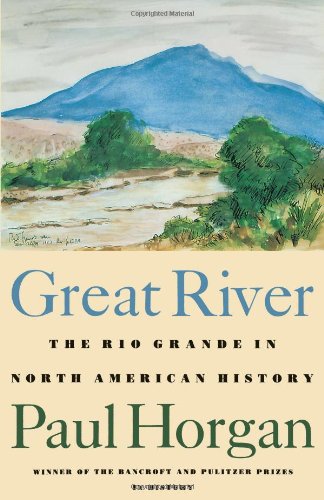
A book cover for Great River: The Rio Grande in North American History. Vol. 1, Indians and Spain. Vol. 2, Mexico and the United States. 2 vols. in one; Paul Horgan; History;